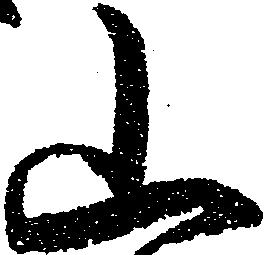
山